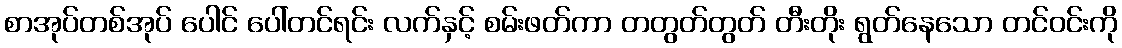
စာအုပ်တစ်အုပ် ပေါင် ပေါ်တင်ရင်း လက်နှင့် စမ်းဖတ်ကာ တတွတ်တွတ် တီးတိုး ရွတ်နေသော တင်ဝင်းကို